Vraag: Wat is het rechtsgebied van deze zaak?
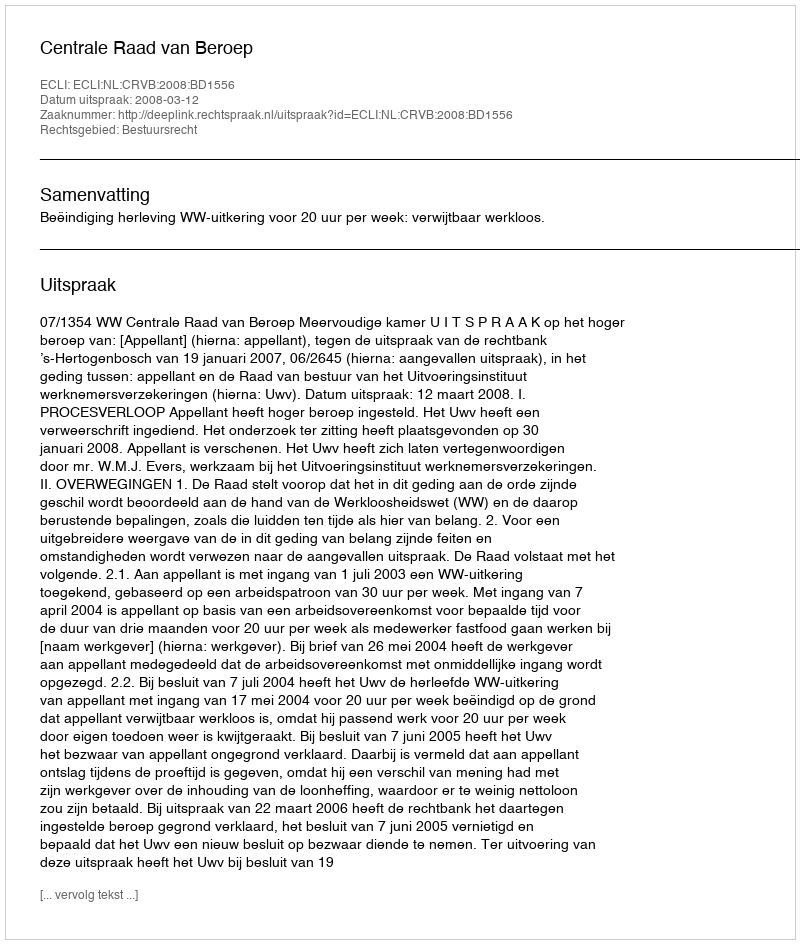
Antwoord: Bestuursrecht